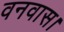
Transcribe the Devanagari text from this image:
वनवास।